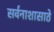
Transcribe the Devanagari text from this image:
सर्वनाशासाठे